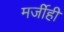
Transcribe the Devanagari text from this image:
मर्जीही